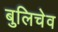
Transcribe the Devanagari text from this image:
बुलिचेव